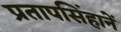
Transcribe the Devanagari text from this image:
प्रतापसिंहानें